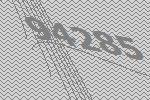
94285